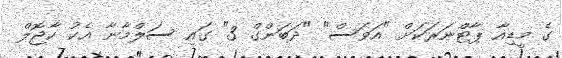
ގެ މީޑިއާ ޕާޓްނަރަކަށް "އަވަސް" "ދަބަންގް 3" ގައި ސަލްމާނާ އެކު ކާޖޮލް